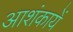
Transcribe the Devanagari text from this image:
आशंकायें